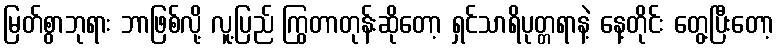
မြတ်စွာဘုရား ဘာဖြစ်လို့ လူ့ပြည် ကြွတာတုန်းဆိုတော့ ရှင်သာရိပုတ္တရာနဲ့ နေ့တိုင်း တွေ့ပြီးတော့